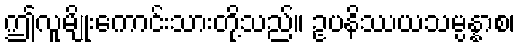
ဤလူမျိုးကောင်းသားတို့သည်။ ဥပနိဿယသမ္ပန္နာစ၊